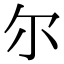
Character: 尓